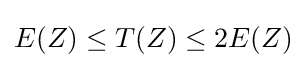
E(Z)\leq T(Z)\leq 2E(Z)